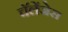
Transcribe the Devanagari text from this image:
चॅलेंजेस